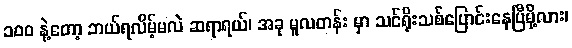
၁၀၀ နဲ့တော့ ဘယ်ရလိမ့်မလဲ ဆရာရယ်၊ အခု မူလတန်း မှာ သင်ရိုးသစ်ပြောင်းနေပြီမို့လား၊